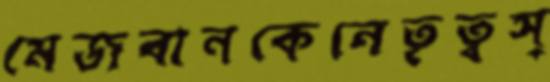
মেজবানকেনেতৃত্বস্